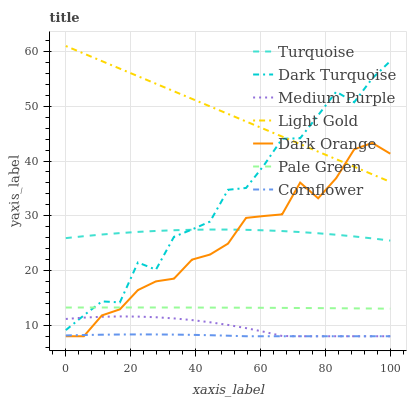
| xaxis_label | Turquoise | Dark Turquoise | Medium Purple | Light Gold | Dark Orange | Pale Green | Cornflower |
 | --- | --- | --- | --- | --- | --- | --- | --- |
 | 0 | 25.9 | 9.12 | 11.2 | 61 | 8 | 13.2 | 8.15 |
 | 5.56 | 26.3 | 11.8 | 11.4 | 59.6 | 8 | 13.2 | 8.23 |
 | 11.1 | 26.6 | 14.4 | 11.6 | 58.2 | 11.8 | 13.3 | 8.28 |
 | 16.7 | 26.8 | 14.2 | 11.6 | 56.9 | 12.9 | 13.3 | 8.32 |
 | 22.2 | 27.1 | 21.5 | 11.6 | 55.5 | 16.4 | 13.3 | 8.33 |
 | 27.8 | 27.2 | 20.2 | 11.5 | 54.1 | 18 | 13.3 | 8.33 |
 | 33.3 | 27.4 | 26.2 | 11.3 | 52.7 | 18.5 | 13.2 | 8.3 |
 | 38.9 | 27.4 | 27.5 | 11 | 51.4 | 22 | 13.2 | 8.26 |
 | 44.4 | 27.5 | 28.9 | 10.6 | 50 | 22.9 | 13.2 | 8.19 |
 | 50 | 27.5 | 34.7 | 10.1 | 48.6 | 24.9 | 13.2 | 8.1 |
 | 55.6 | 27.4 | 35.1 | 9.48 | 47.2 | 29.6 | 13.2 | 8 |
 | 61.1 | 27.3 | 39.3 | 8.81 | 45.8 | 30 | 13.2 | 8 |
 | 66.7 | 27.2 | 44.1 | 8.05 | 44.5 | 30.3 | 13.2 | 8 |
 | 72.2 | 27 | 44.2 | 8 | 43.1 | 36.1 | 13.2 | 8 |
 | 77.8 | 26.8 | 48.4 | 8 | 41.7 | 33.2 | 13.1 | 8 |
 | 83.3 | 26.5 | 52.7 | 8 | 40.3 | 36.9 | 13.1 | 8 |
 | 88.9 | 26.2 | 50.7 | 8 | 38.9 | 42.1 | 13.1 | 8 |
 | 94.4 | 25.9 | 55.1 | 8 | 37.6 | 43.3 | 13.1 | 8 |
 | 100 | 25.5 | 58.2 | 8 | 36.2 | 41.3 | 13 | 8 |